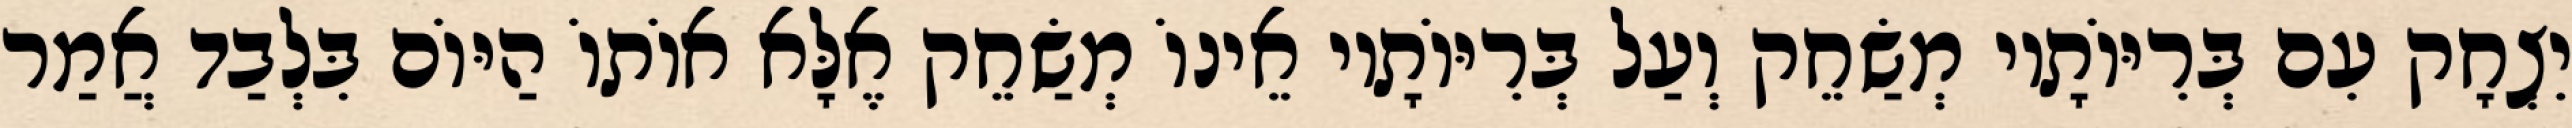
יִצְחָק עִם בְּרִיּוֹתָיו מְשַׂחֵק וְעַל בְּרִיּוֹתָיו אֵינוֹ מְשַׂחֵק אֶלָּא אוֹתוֹ הַיּוֹם בִּלְבַד אֲמַר